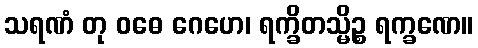
သရဏံ တု ဝဓေ ဂေဟေ၊ ရက္ခိတသ္မိဉ္စ ရက္ခဏေ။